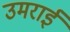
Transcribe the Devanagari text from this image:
उमराई